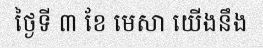
ថ្ងៃទី ៣ ខែ មេសា យើងនឹង